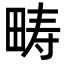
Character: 畴